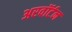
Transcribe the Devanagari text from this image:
अरवॉर्टन